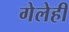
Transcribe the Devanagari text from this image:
गेलेही